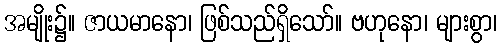
အမျိုး၌။ ဇာယမာနော၊ ဖြစ်သည်ရှိသော်။ ဗဟုနော၊ များစွာ၊